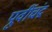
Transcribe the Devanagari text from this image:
पूर्वीचंद्र